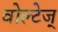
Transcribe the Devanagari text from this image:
वोल्टेज्